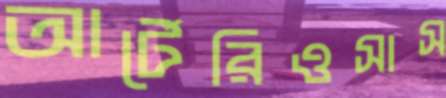
আর্টেরিওসাস